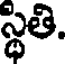
స్థితి.